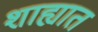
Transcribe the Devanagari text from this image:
शाह्यात